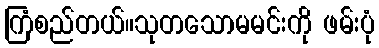
ကြံစည်တယ်။သုတသောမမင်းကို ဖမ်းပုံ